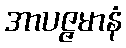
အာပဇ္ဇမာနံ